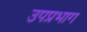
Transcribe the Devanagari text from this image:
उपप्रभाग